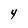
Character: 4